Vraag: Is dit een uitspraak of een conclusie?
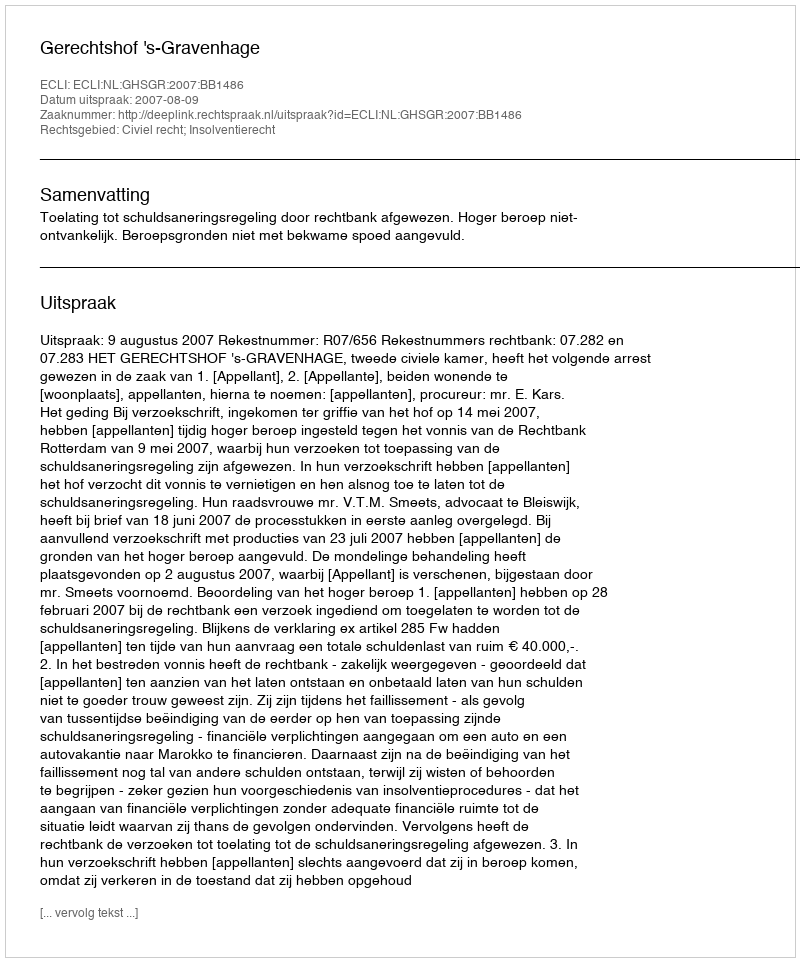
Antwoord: Uitspraak